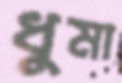
ধুমা